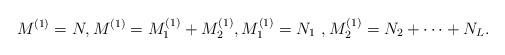
LaTeX: \begin{align*}M^{(1)} =N, M^{(1)} = M^{(1)}_1 + M^{(1)}_2, M^{(1)}_1 = N_1~, M^{(1)}_2 = N_2 + \dots + N_L. \end{align*}